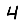
Digit: 4